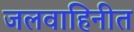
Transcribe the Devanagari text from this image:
जलवाहिनीत